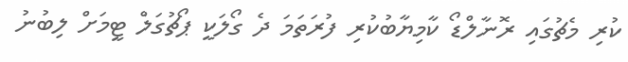
ކުރި މެޗުގައި ރޮނާލްޑޯ ކާމިޔާބުކުރި ފުރަތަމަ ދެ ގޯލަކީ ޕޯޗުގަލް ޓީމަށް ލިބުނު